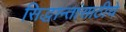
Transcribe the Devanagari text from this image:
सिद्धान्तांसाठीचे